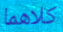
كلاهما